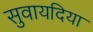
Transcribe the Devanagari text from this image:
सुवायदिया